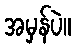
အမှန်ပဲ။